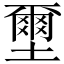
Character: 壐